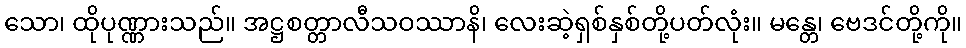
သော၊ ထိုပုဏ္ဏားသည်။ အဋ္ဌစတ္တာလီသဝဿာနိ၊ လေးဆဲ့ရှစ်နှစ်တို့ပတ်လုံး။ မန္တေ၊ ဗေဒင်တို့ကို။